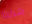
هكذا